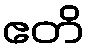
ဧတိ